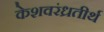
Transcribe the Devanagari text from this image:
केशवरंध्रतीर्थ